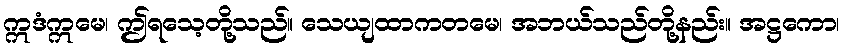
ဣဒံဣမေ၊ ဤရသေ့တို့သည်။ သေယျထာကတမေ၊ အဘယ်သည်တို့နည်း။ အဋ္ဌကော၊